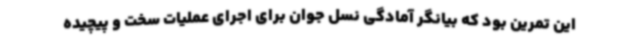
این تمرین بود که بیانگر آمادگی نسل جوان برای اجرای عملیات سخت و پیچیده